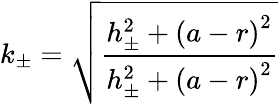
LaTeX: k_{\pm}=\sqrt{\frac{h_{\pm}^{2}+\left(a-r\right)^{2}}{h_{\pm}^{2}+\left(a-r\right)^{2}}}